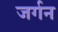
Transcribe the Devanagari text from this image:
जर्गन